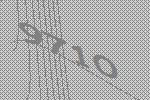
9710